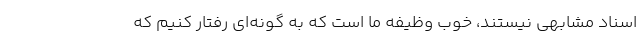
اسناد مشابهی نیستند، خوب وظیفه ما است که به گونه‌ای رفتار کنیم که